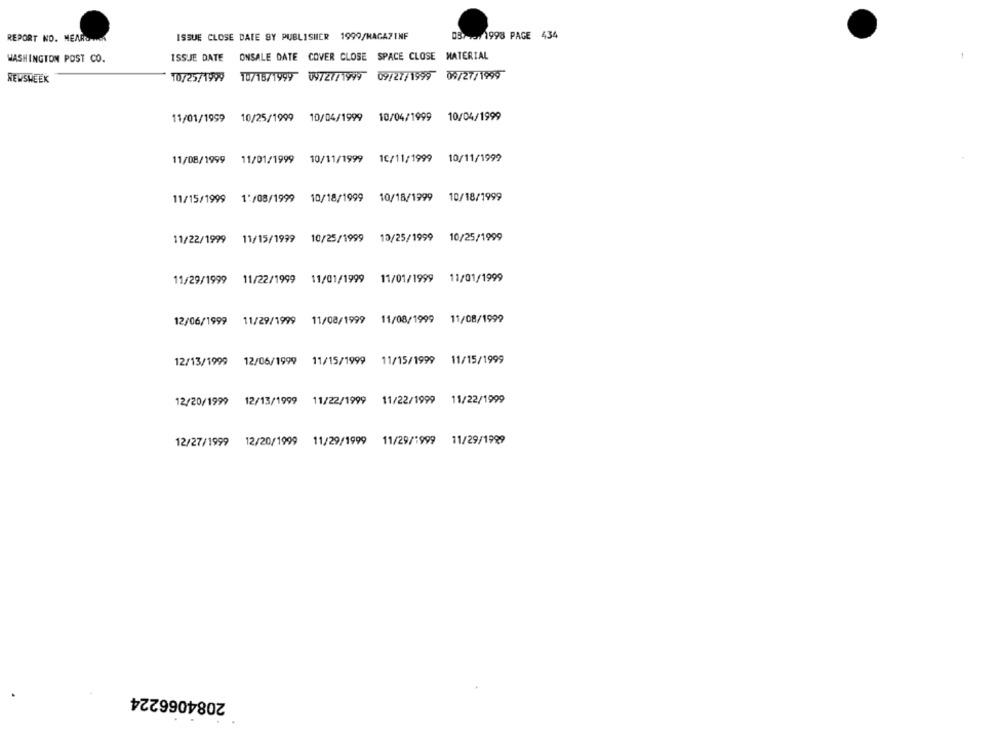
REPORT NO. MEAROWIK
ISSUE CLOSE DATE SY PUBLISHER 1999/MAGAZINF
057 700 1998 PAGE 434
WASHINGTON POST CO.
ISSUE DATE ONSALE DATE COVER CLOSE SPACE CLOSE MATERIAL
NEWSWEEK
10/25/1999 10/16/1999 09727/1999 09/27/1999 09/27/1999
11/01/1999 10/25/1999 10/04/1999 10/04/1999 10/04/1999
11/08/1999 11/01/1999 10/11/1999 10/11/1999 10/11/1999
11/15/1999
1:/08/1999 10/18/1999 10/18/1999 10/18/1999
11/22/1999 11/15/1999 10/25/1999 10/25/1999 10/25/1999
11/29/1999 11/22/1999 11/01/1999 11/01/1999 11/01/1999
12/06/1999 11/29/1999 11/08/1999 11/08/1999 11/08/1999
12/13/1999 12/06/1999 11/15/1999 11/15/1999 11/15/1999
12/20/1999 12/13/1999 11/22/1999 11/22/1999 11/22/1999
12/27/1999 12/20/1999 11/29/1999 11/29/1999 11/29/1999
2084066224